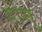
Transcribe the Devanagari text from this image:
डोमु